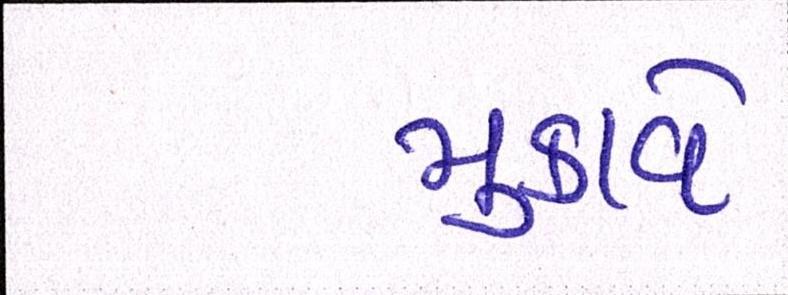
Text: મુકાવે